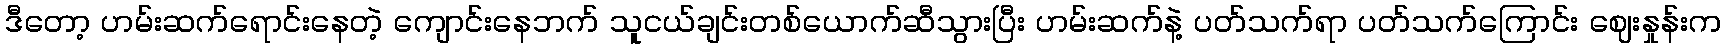
ဒီတော့ ဟမ်းဆက်ရောင်းနေတဲ့ ကျောင်းနေဘက် သူငယ်ချင်းတစ်ယောက်ဆီသွားပြီး ဟမ်းဆက်နဲ့ ပတ်သက်ရာ ပတ်သက်ကြောင်း ဈေးနှုန်းက